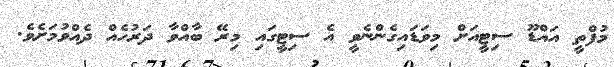
މުފްތީ އައްޑޫ ސިޓީއަށް މިވަޑައިގެންނެވީ އެ ސިޓީގައި މިރޭ ބާއްވާ ދަރުހެއް ދެއްވުމަށެވެ.